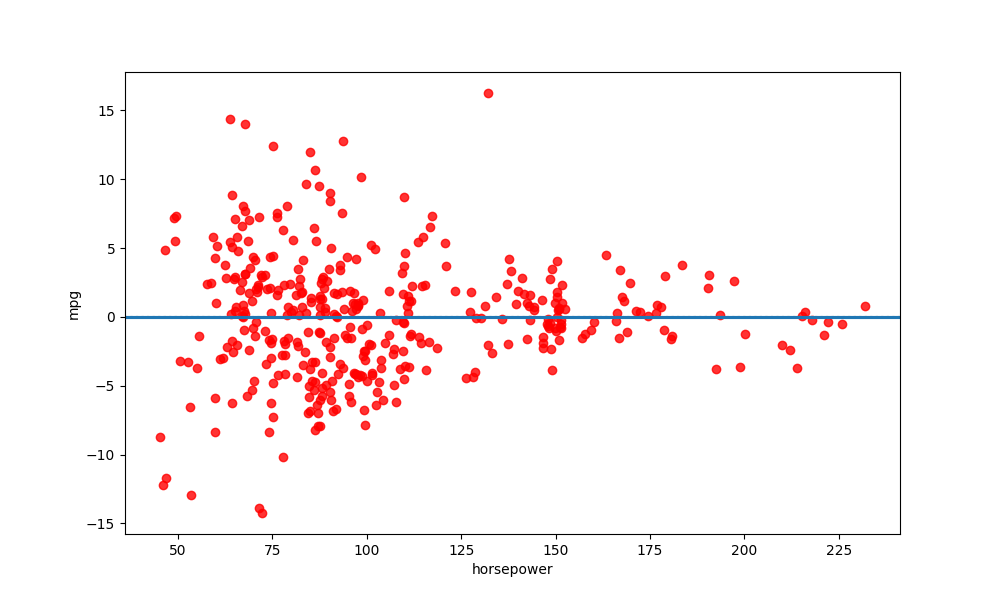
python, seaborn, residplot, lowess=True, scatter_color=red